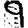
Digit: 9